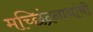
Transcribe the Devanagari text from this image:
मच्छिंद्रनाथांची